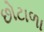
છોટાળા